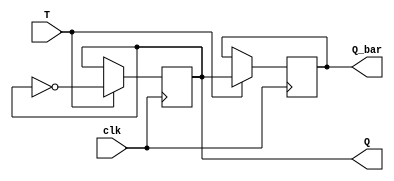
module T_FF (
    input wire clk,
    input wire T,
    output reg Q,
    output reg Q_bar
);

always @(posedge clk) begin
    if (T) begin
        Q <= ~Q;
        Q_bar <= Q;
    end
end

endmodule